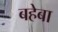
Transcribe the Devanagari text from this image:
बहेबा